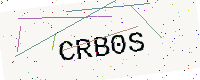
Text: CRB0S